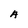
Character: A